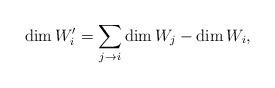
LaTeX: \begin{align*}\dim W_i' = \sum_{j\rightarrow i} \dim W_j-\dim W_i, \end{align*}